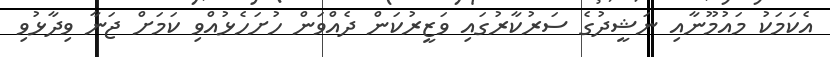
އެކަމަކު މައުމޫނާއި ނަޝީދުގެ ސަރުކާރުގައި ވަޒީރުކަން ދެއްވަން ހުށަހެޅުއްވި ކަމަށް ޖަނާ ވިދާޅުވި